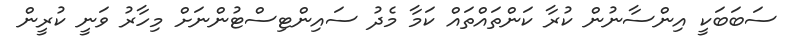
ސަބަބަކީ އިންސާނުން ކުރާ ކަންތައްތައް ކަމާ މެދު ސައިންޓިސްޓުންނަށް މިހާރު ވަނީ ކުރީން